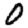
Digit: 0